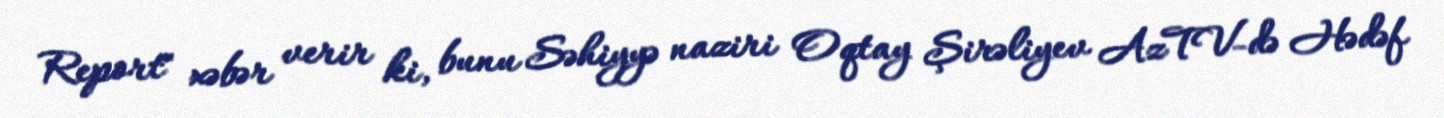
Report" xəbər verir ki, bunu Səhiyyə naziri Oqtay Şirəliyev AzTV-də Hədəf